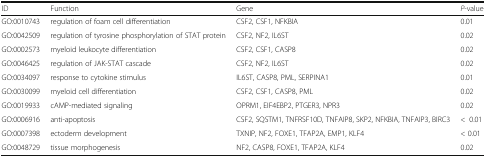
| ID | Function | Gene | P-value |
 | --- | --- | --- | --- |
 | GO:0010743 | regulation of foam cell differentiation | CSF2, CSF1, NFKBIA | 0.01 |
 | GO:0042509 | regulation of tyrosine phosphorylation of STAT protein | CSF2, NF2, IL6ST | 0.02 |
 | GO:0002573 | myeloid leukocyte differentiation | CSF2, CSF1, CASP8 | 0.02 |
 | GO:0046425 | regulation of JAK-STAT cascade | CSF2, NF2, IL6ST | 0.02 |
 | GO:0034097 | response to cytokine stimulus | IL6ST, CASP8, PML, SERPINA1 | 0.01 |
 | GO:0030099 | myeloid cell differentiation | CSF2, CSF1, CASP8, PML | 0.02 |
 | GO:0019933 | cAMP-mediated signaling | OPRM1, EIF4EBP2, PTGER3, NPR3 | 0.02 |
 | GO:0006916 | anti-apoptosis | CSF2, SQSTM1, TNFRSF10D, TNFAIP8, SKP2, NFKBIA, TNFAIP3, BIRC3 | <0.01 |
 | GO:0007398 | ectoderm development | TXNIP, NF2, FOXE1, TFAP2A, EMP1, KLF4 | < 0.01 |
 | GO:0048729 | tissue morphogenesis | NF2, CASP8, FOXE1, TFAP2A, KLF4 | 0.02 |